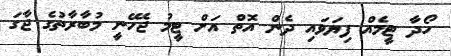
ހޯދާ ޓީމެއް ފިޔަވައި ދެން އޮތް އަށް ޓީމު ޖެހޭނީ މުބާރާތުގެ ޖާގަ